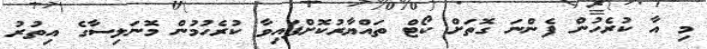
މި އާ ކުރެހުން ފެންނަ ގޮތަށް ކޯޓް ތައްޔާރުކޮށްފައިވާ ކުރެހުމުން މޮނަލިސާގެ އިތުރު